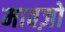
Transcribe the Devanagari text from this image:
मावज़ो